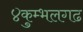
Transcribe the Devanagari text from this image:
४कुम्भलगढ